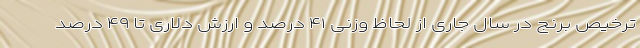
ترخیص برنج در سال جاری از لحاظ وزنی ۴۱ درصد و ارزش دلاری تا ۴۹ درصد